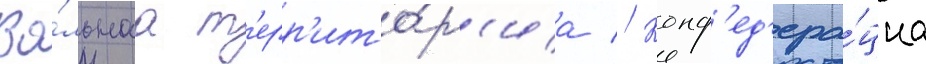
Во́льнаа т'ерр'ито́р'иа // Конф'ед'ера́циа